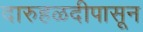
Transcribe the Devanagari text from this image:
दारुहळदीपासून